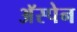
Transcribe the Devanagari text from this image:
अॅस्पेन